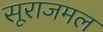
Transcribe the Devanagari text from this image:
सूराजमल